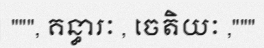
""", គន្ធារៈ , ចេតិយៈ ,"""